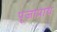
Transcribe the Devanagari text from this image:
पूजाप्राय